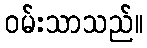
ဝမ်းသာသည်။